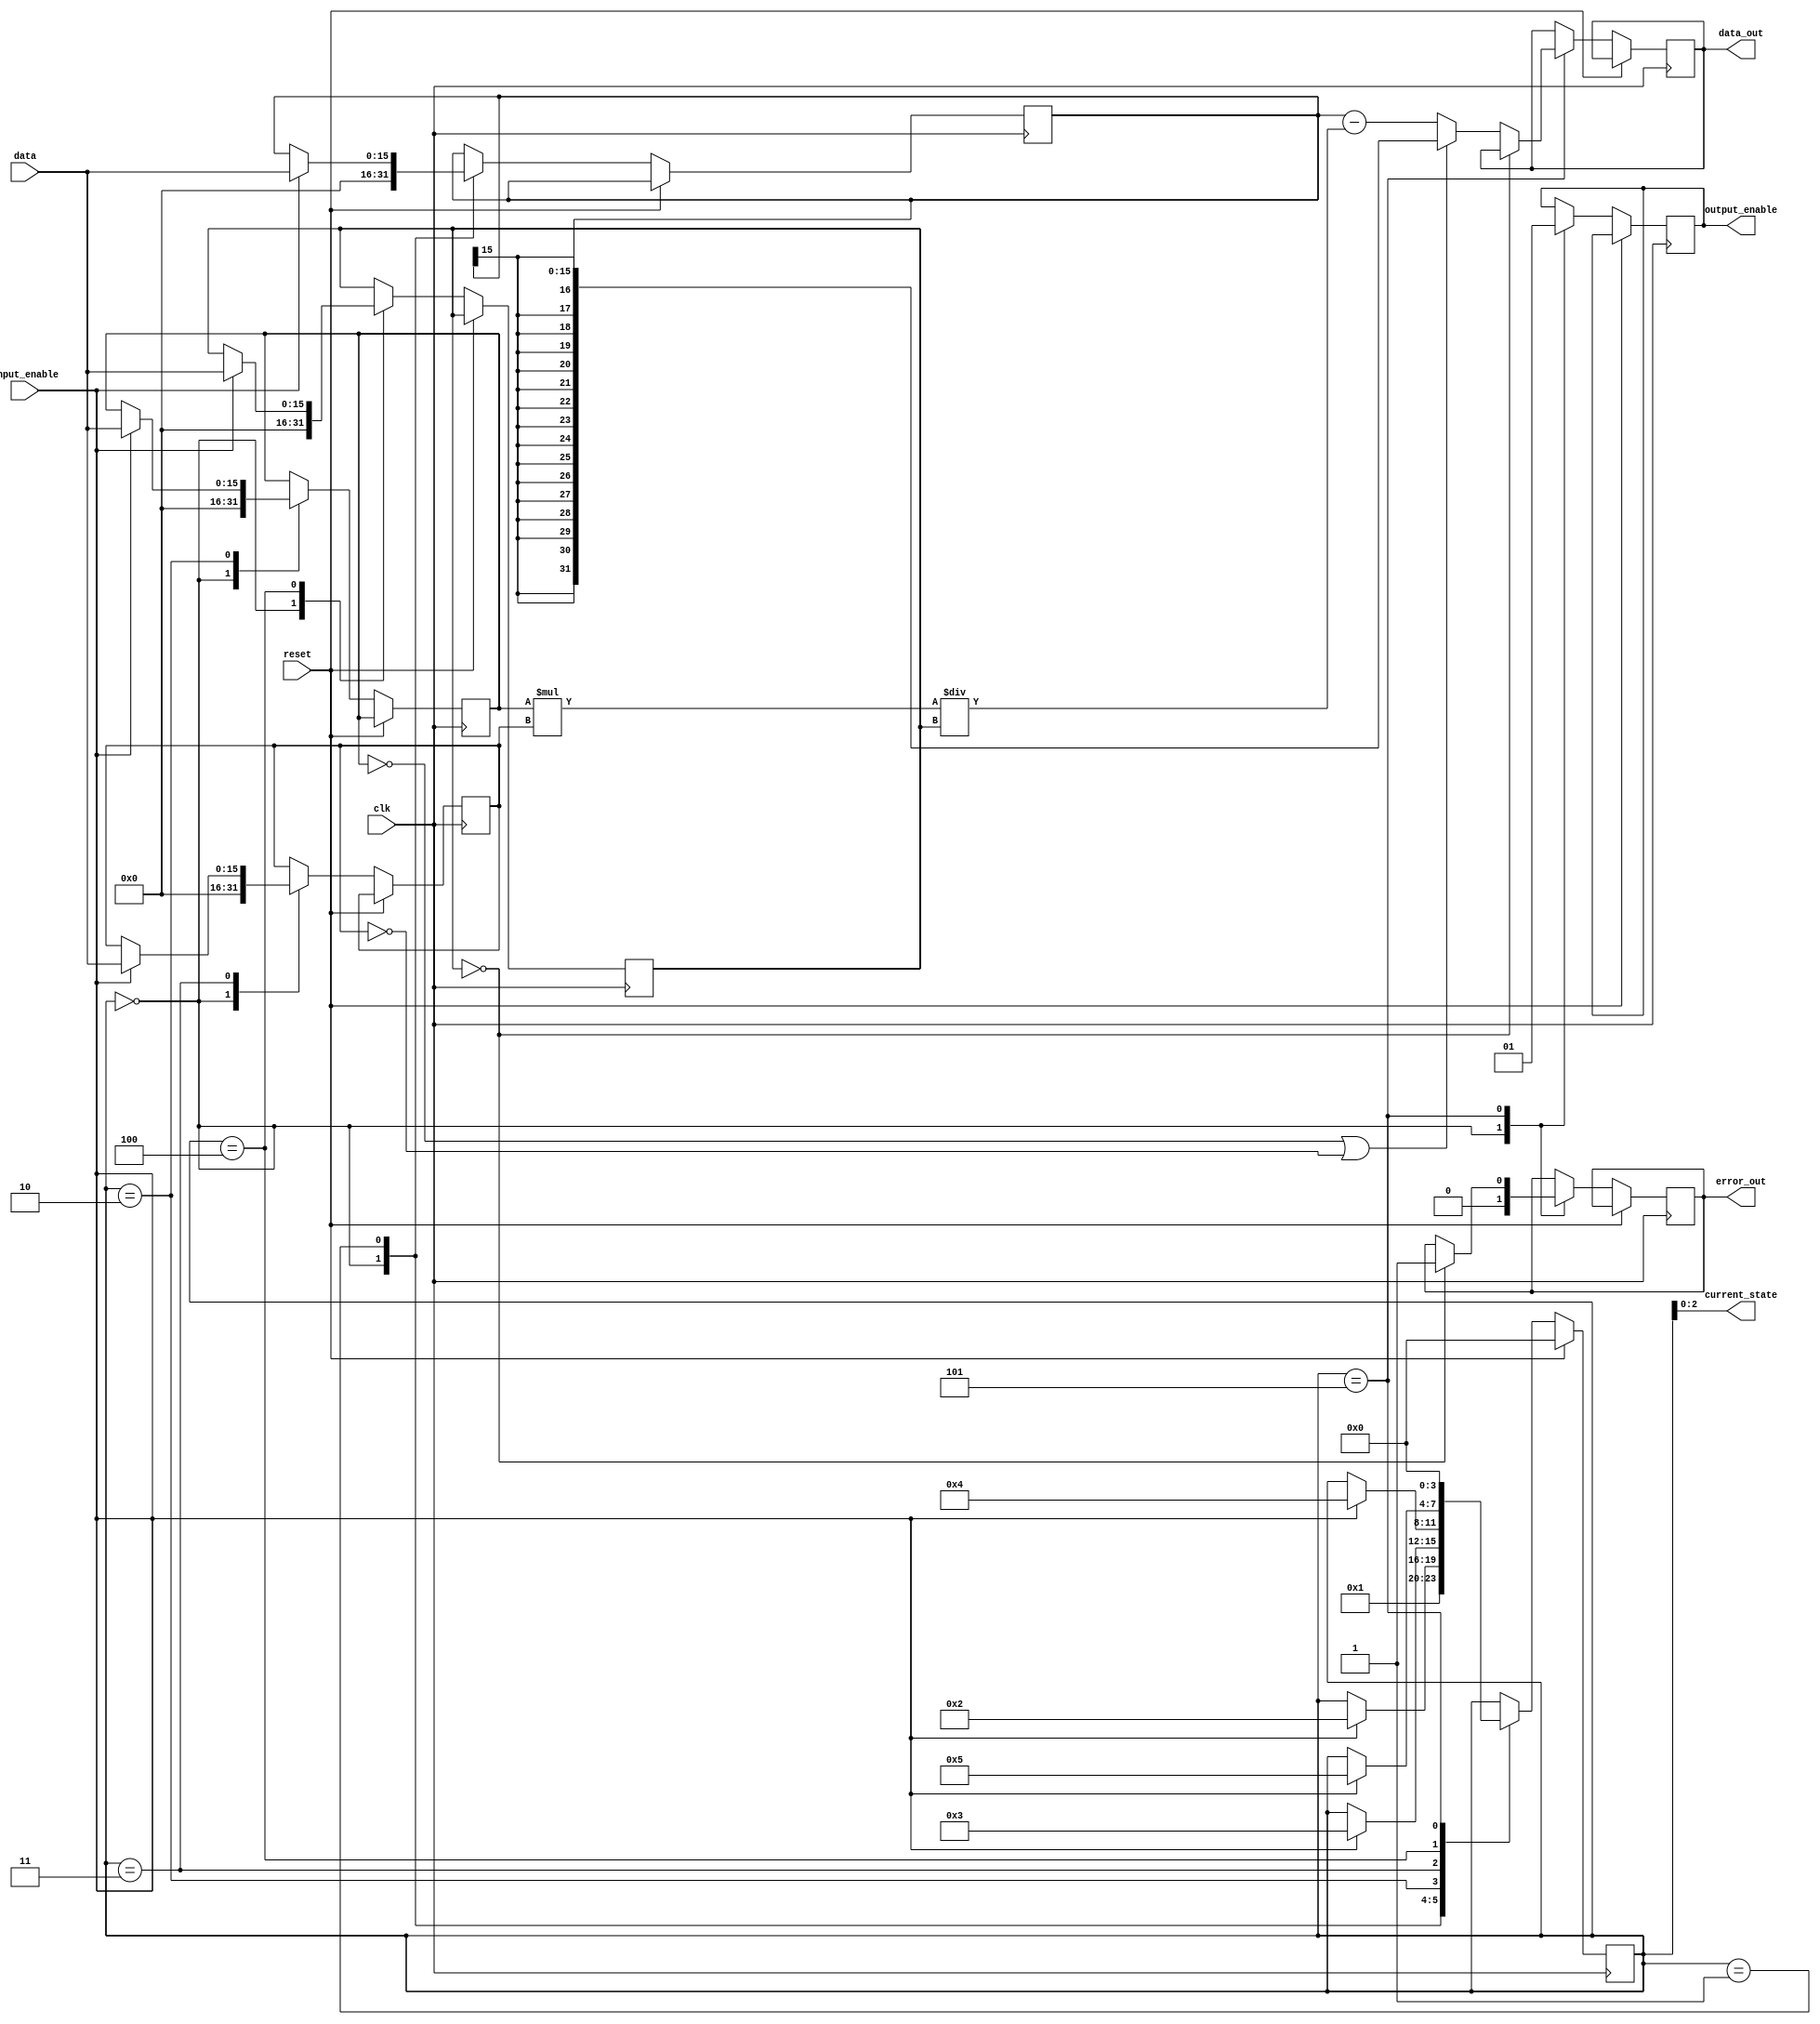
module fsm (
    input [15:0] data,
    input input_enable,
    input reset,
    input clk,
    output reg [31:0] data_out,
    output reg output_enable,
    output reg error_out,
    output [2:0] current_state);
    
parameter S0 = 3'b000,
          S1 = 3'b001,
          S2 = 3'b010,
          S3 = 3'b011,
          S4 = 3'b100,
          S5 = 3'b101;

reg [3:0] state;
reg signed [15:0] a, b, c, d;

initial state <= S0;

always@(posedge clk)
begin
    if (reset)
        state <= S0;
    else
        case(state)
            S0: begin
                    a <= 0;
                    b <= 0;
                    c <= 0;
                    d <= 0;
                    output_enable <= 0;
                    error_out <= 0;
                    state <= S1;
                end
            S1: if (input_enable) 
                begin
                    a <= data;
                    state <= S2;
                end
            S2: if (input_enable) 
                begin
                    b <= data;
                    state <= S3;
                end
            S3: if (input_enable) 
                begin
                    c <= data;
                    state <= S4;
                end
            S4: if (input_enable) 
                begin
                    d <= data;
                    state <= S5;
                end
            S5: begin
                    if (d == 0)
                        error_out <= 1;
                    else if (b == 0 || c == 0)
                        data_out <= a;
                    else
                        data_out <= a - b * c / d;
                    output_enable <= 1;
                    state <= S0;
                end
        endcase
end

assign current_state = state;

endmodule